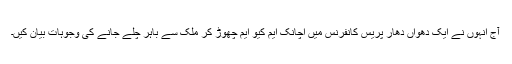
آج انہوں نے ایک دھواں دھار پریس کانفرنس میں اچانک ایم کیو ایم چھوڑ کر ملک سے باہر چلے جانے کی وجوہات بیان کیں۔